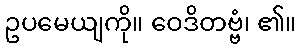
ဥပမေယျကို။ ဝေဒိတဗ္ဗံ၊ ၏။